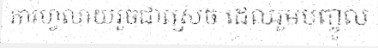
កាហ្វេលាយរួចជាស្រេច ដេលរួមបញ្ចូល